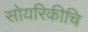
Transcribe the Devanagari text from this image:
सोयरिकीचि